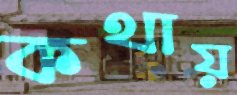
কথায়